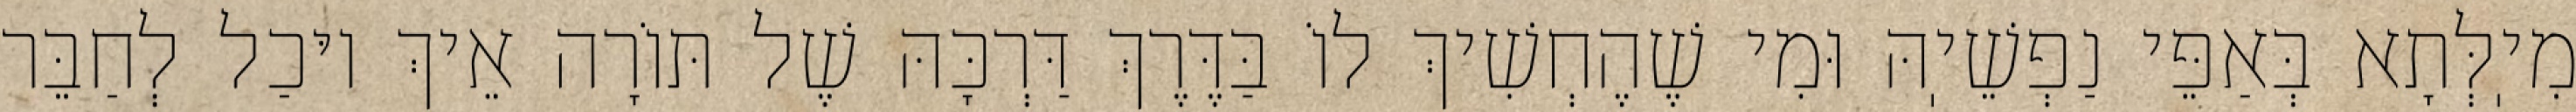
מִיֽלְּתָא בְּאַפֵּי נַפְשֵׁיֽהּ וּמִי שֶׁהֶחְשִׁיךְ לוֹ בַּדֶּרֶךְ דַּרְכָּהּ שֶׁל תּוֹרָה אֵיךְ יוּכַל לְחַבֵּר